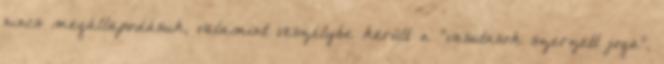
nincs megállapodásuk, valamint veszélybe került a "vasutasok szerzett joga",